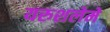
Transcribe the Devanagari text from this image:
यरुशलेमे